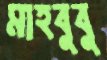
মাহবুবু